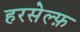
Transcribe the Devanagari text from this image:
हरसेल्फ़